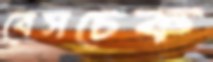
বেসচেক